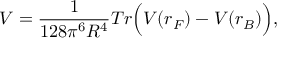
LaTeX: V = \frac { 1 } { 1 2 8 \pi ^ { 6 } R ^ { 4 } } T r \Bigl ( V ( r _ { F } ) - V ( r _ { B } ) \Bigr ) ,